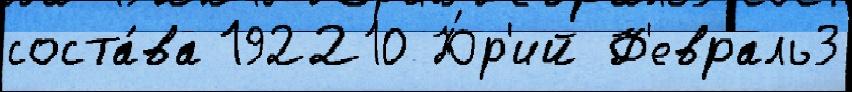
соста́ва 192210 Ю́р'ий Ф'евраль3